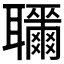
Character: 𦘎